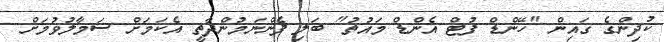
ކުދިންގެ ގައިން "ހޭންޑް ފުޓް އެންޑް މައުތު" ބަލި ފެންނަމުންދާތީ އެކަމަށް ސަމާލުވުމަށް